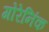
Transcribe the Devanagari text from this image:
गोरेनिंक